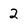
Character: 2